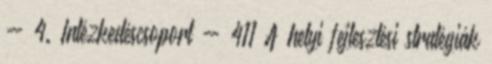
- 4. Intézkedéscsoport - 411 A helyi fejlesztési stratégiák